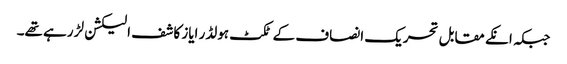
جبکہ انکے مقابل تحریک انصاف کے ٹکٹ ہولڈر ایاز کاشف الیکشن لڑ رہے تھے۔